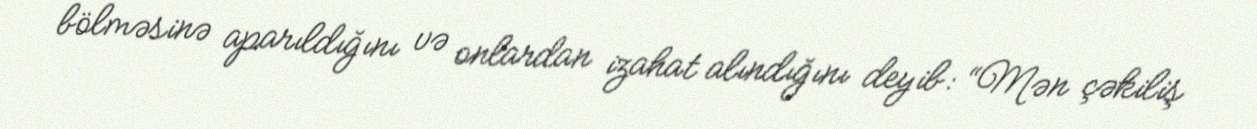
bölməsinə aparıldığını və onlardan izahat alındığını deyib: “Mən çəkiliş